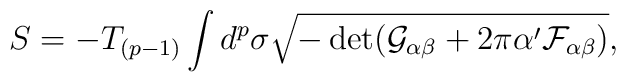
S=-T_{(p-1)}\int d^p\sigma\sqrt{-\det (\mathcal{G}_{\alpha\beta}+2\pi\alpha'\mathcal{F}_{\alpha\beta})},